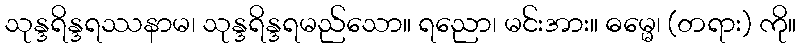
သုန္ဒရိန္ဒရဿနာမ၊ သုန္ဒရိန္ဒရမည်သော။ ရညော၊ မင်းအား။ ဓမ္မေ၊ (တရား) ကို။